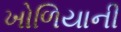
ખોળિયાની